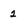
Character: 2